Report of the Imperial Institute of Veterinary Research, Muktesar
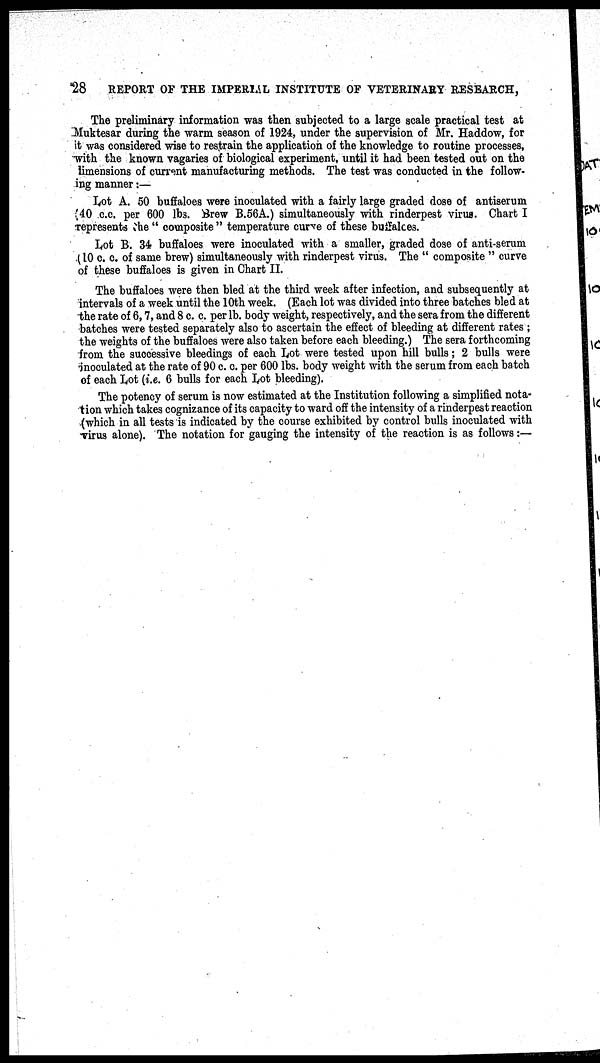
28
REPORT OF THE IMPERIAL INSTITUTE OF VETERINARY RESEARCH,
The preliminary information was then subjected to a large scale practical test at
Muktesar during the warm season of 1924, under the supervision of Mr. Haddow, for
it was considered wise to restrain the application of the knowledge to routine processes,
with the known vagaries of biological experiment, until it had been tested out on the
dimensions of current manufacturing methods. The test was conducted in the follow-
ing manner :—
Lot A. 50 buffaloes were inoculated with a fairly large graded dose of antiserum
(40 c.c. per 600 lbs. Brew B.56A.) simultaneously with rinderpest virus. Chart I
represents the " composite " temperature curve of these buffaloes.
Lot B. 34 buffaloes were inoculated with a smaller, graded dose of anti-serum
(10 c. c. of same brew) simultaneously with rinderpest virus. The " composite " curve
of these buffaloes is given in Chart II.
The buffaloes were then bled at the third week after infection, and subsequently at
intervals of a week until the 10th week. (Each lot was divided into three batches bled at
the rate of 6, 7, and 8 c. c. per lb. body weight, respectively, and the sera from the different
batches were tested separately also to ascertain the effect of bleeding at different rates ;
the weights of the buffaloes were also taken before each bleeding.) The sera forthcoming
from the successive bleedings of each Lot were tested upon hill bulls; 2 bulls were
inoculated at the rate of 90 c. c. per 600 lbs. body weight with the serum from each batch
of each Lot (i.e. 6 bulls for each Lot bleeding).
The potency of serum is now estimated at the Institution following a simplified nota-
tion which takes cognizance of its capacity to ward off the intensity of a rinderpest reaction
(which in all tests is indicated by the course exhibited by control bulls inoculated with
virus alone). The notation for gauging the intensity of the reaction is as follows:—